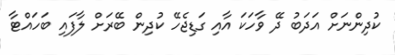
ކުދިންނަށް އަދަބު ދޭ ވާހަކަ އާއި ގަޑިޖެހޭ ކުދިން ބޭރަށް ލާފައި ބަހައްޓާ